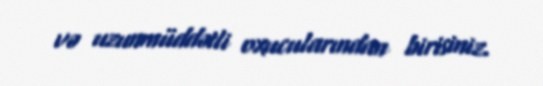
və uzunmüddətli oxucularından birisiniz.